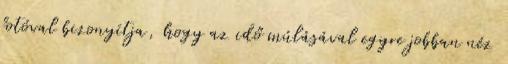
fotóval bizonyítja, hogy az idő múlásával egyre jobban néz